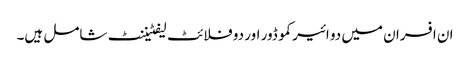
ان افسران میں دو ائیر کموڈور اور دو فلائٹ لیفٹیننٹ شامل ہیں۔